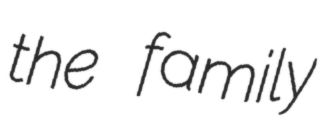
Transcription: the family